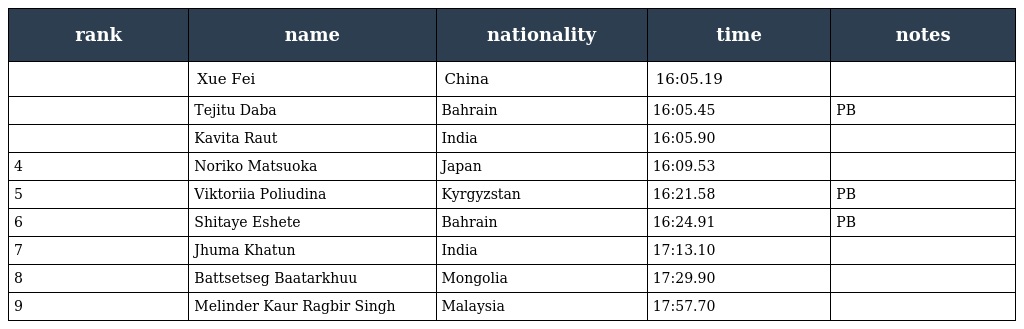
| rank | name | nationality | time | notes |
 | --- | --- | --- | --- | --- |
 |  | Xue Fei | China | 16:05.19 |  |
 |  | Tejitu Daba | Bahrain | 16:05.45 | PB |
 |  | Kavita Raut | India | 16:05.90 |  |
 | 4 | Noriko Matsuoka | Japan | 16:09.53 |  |
 | 5 | Viktoriia Poliudina | Kyrgyzstan | 16:21.58 | PB |
 | 6 | Shitaye Eshete | Bahrain | 16:24.91 | PB |
 | 7 | Jhuma Khatun | India | 17:13.10 |  |
 | 8 | Battsetseg Baatarkhuu | Mongolia | 17:29.90 |  |
 | 9 | Melinder Kaur Ragbir Singh | Malaysia | 17:57.70 |  |